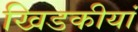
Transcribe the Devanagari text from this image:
खिडकीयां